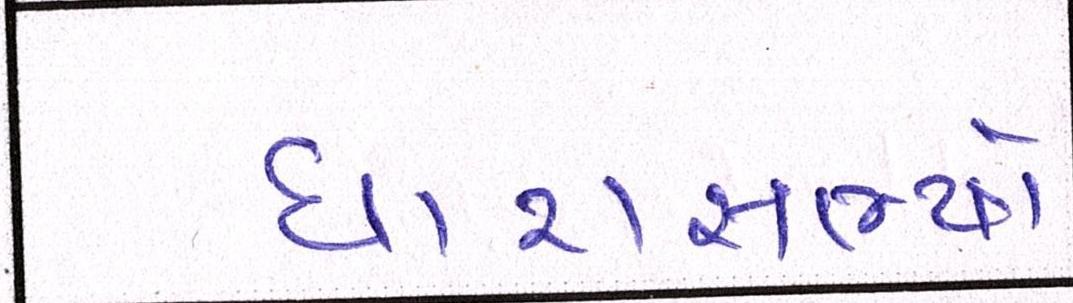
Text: ધારાસભ્યો